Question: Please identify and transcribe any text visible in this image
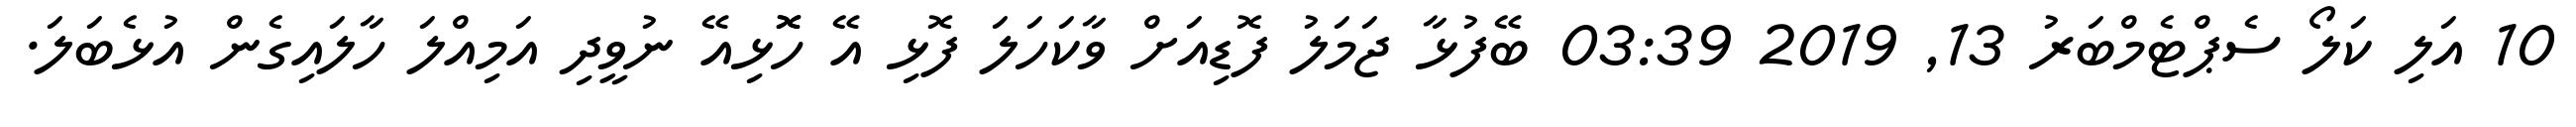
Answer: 10 އަލި ކަލޯ ސެޕްޓެމްބަރު 13, 2019 03:39 ބޭފުޅާ ޖަމަލު ފޮޑިއަށް ވާކަހަލަ ފޮޅި އޭ ހޮޮޅިއޭ ނުވީދި އަމިއްލަ ހާލައިގެން އުޅެބަލަ.